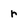
Character: r